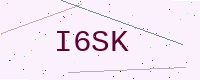
Text: I6SK